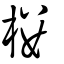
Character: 樓